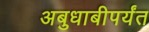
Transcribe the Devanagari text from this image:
अबुधाबीपर्यंत